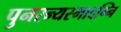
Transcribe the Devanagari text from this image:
पुनरन्यस्मादग्नि